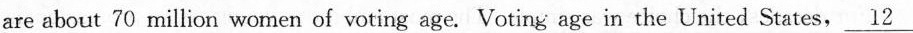
are about 70 million women of voting age. Voting age in the United States, \underline{12}